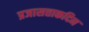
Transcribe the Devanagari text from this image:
प्रजासत्ताकदिन